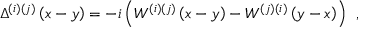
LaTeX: \Delta ^ { ( i ) ( j ) } \left( x - y \right) = - i \left( W ^ { ( i ) ( j ) } \left( x - y \right) - W ^ { ( j ) ( i ) } \left( y - x \right) \right) \; \, ,